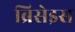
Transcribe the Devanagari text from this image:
ब्रिसेइस